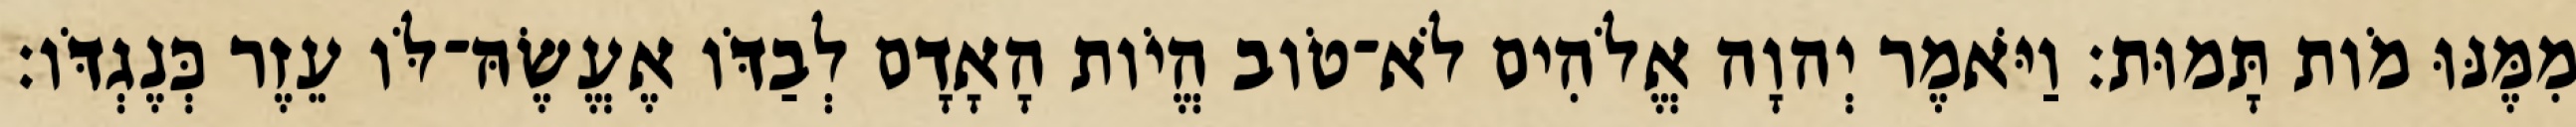
מִמֶּנּוּ מֹות תָּמוּת׃ וַיֹּאמֶר יְהוָה אֱלֹהִים לֹא־טֹוב הֱיֹות הָאָדָם לְבַדֹּו אֶעֱשֶׂהּ־לֹּו עֵזֶר כְּנֶגְדֹּו׃